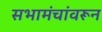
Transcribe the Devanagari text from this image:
सभामंचांवरून